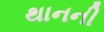
થાનની